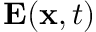
\mathbf { E } ( { \bf x } , t )